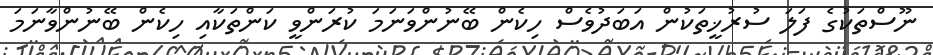
ނޫސްތަކުގެ ފަލަ ސުރުޚީތަކުން އަބަދުވެސް ހިކެން ބޭނުންވަނަމަ ކުރަންވީ ކަންތަކާއި ހިކެން ބޭނުންވާނަމަ